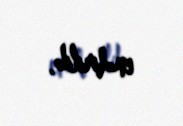
endirilib.